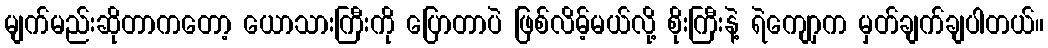
မျက်မည်းဆိုတာကတော့ ယောသားကြီးကို ပြောတာပဲ ဖြစ်လိမ့်မယ်လို့ စိုးကြီးနဲ့ ရဲကျောှက မှတ်ချက်ချပါတယ်။